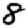
Digit: 8